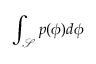
\int _ { \mathcal { S } } p ( \phi ) d \phi